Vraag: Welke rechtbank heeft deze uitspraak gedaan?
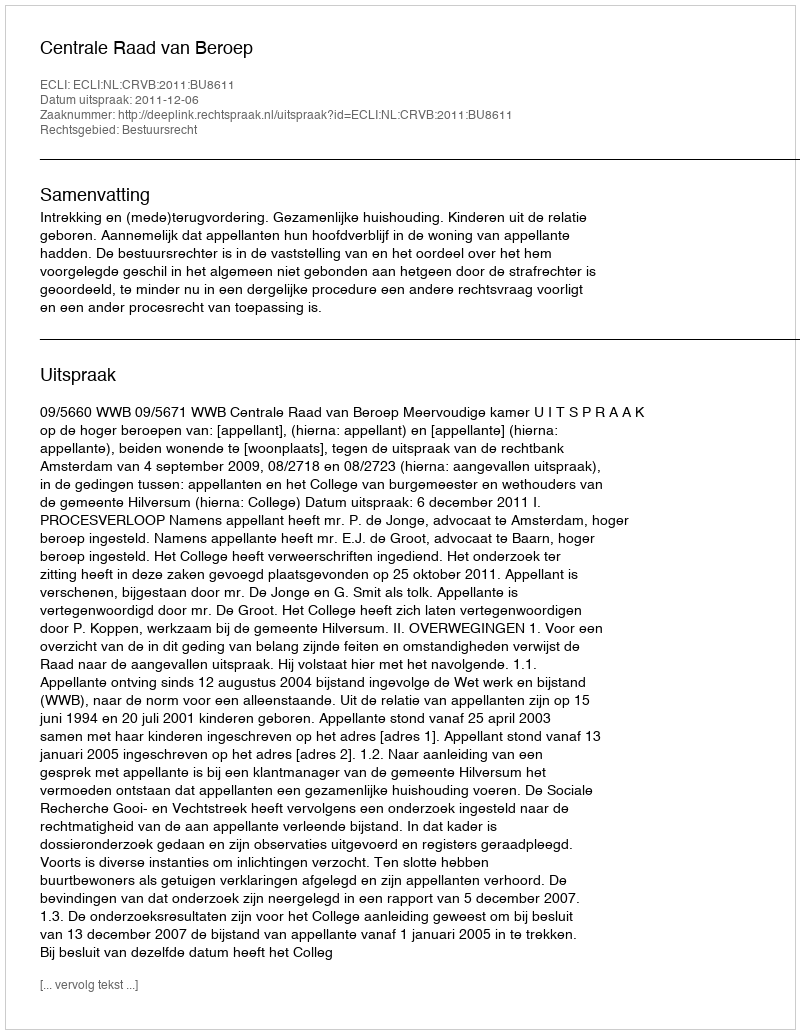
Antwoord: Centrale Raad van Beroep